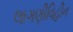
લાગણીવિહીન